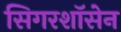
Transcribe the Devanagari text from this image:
सिगरशॉसेन